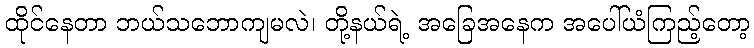
ထိုင်နေတာ ဘယ်သဘောကျမလဲ၊ တို့နယ်ရဲ့ အခြေအနေက အပေါ်ယံကြည့်တော့